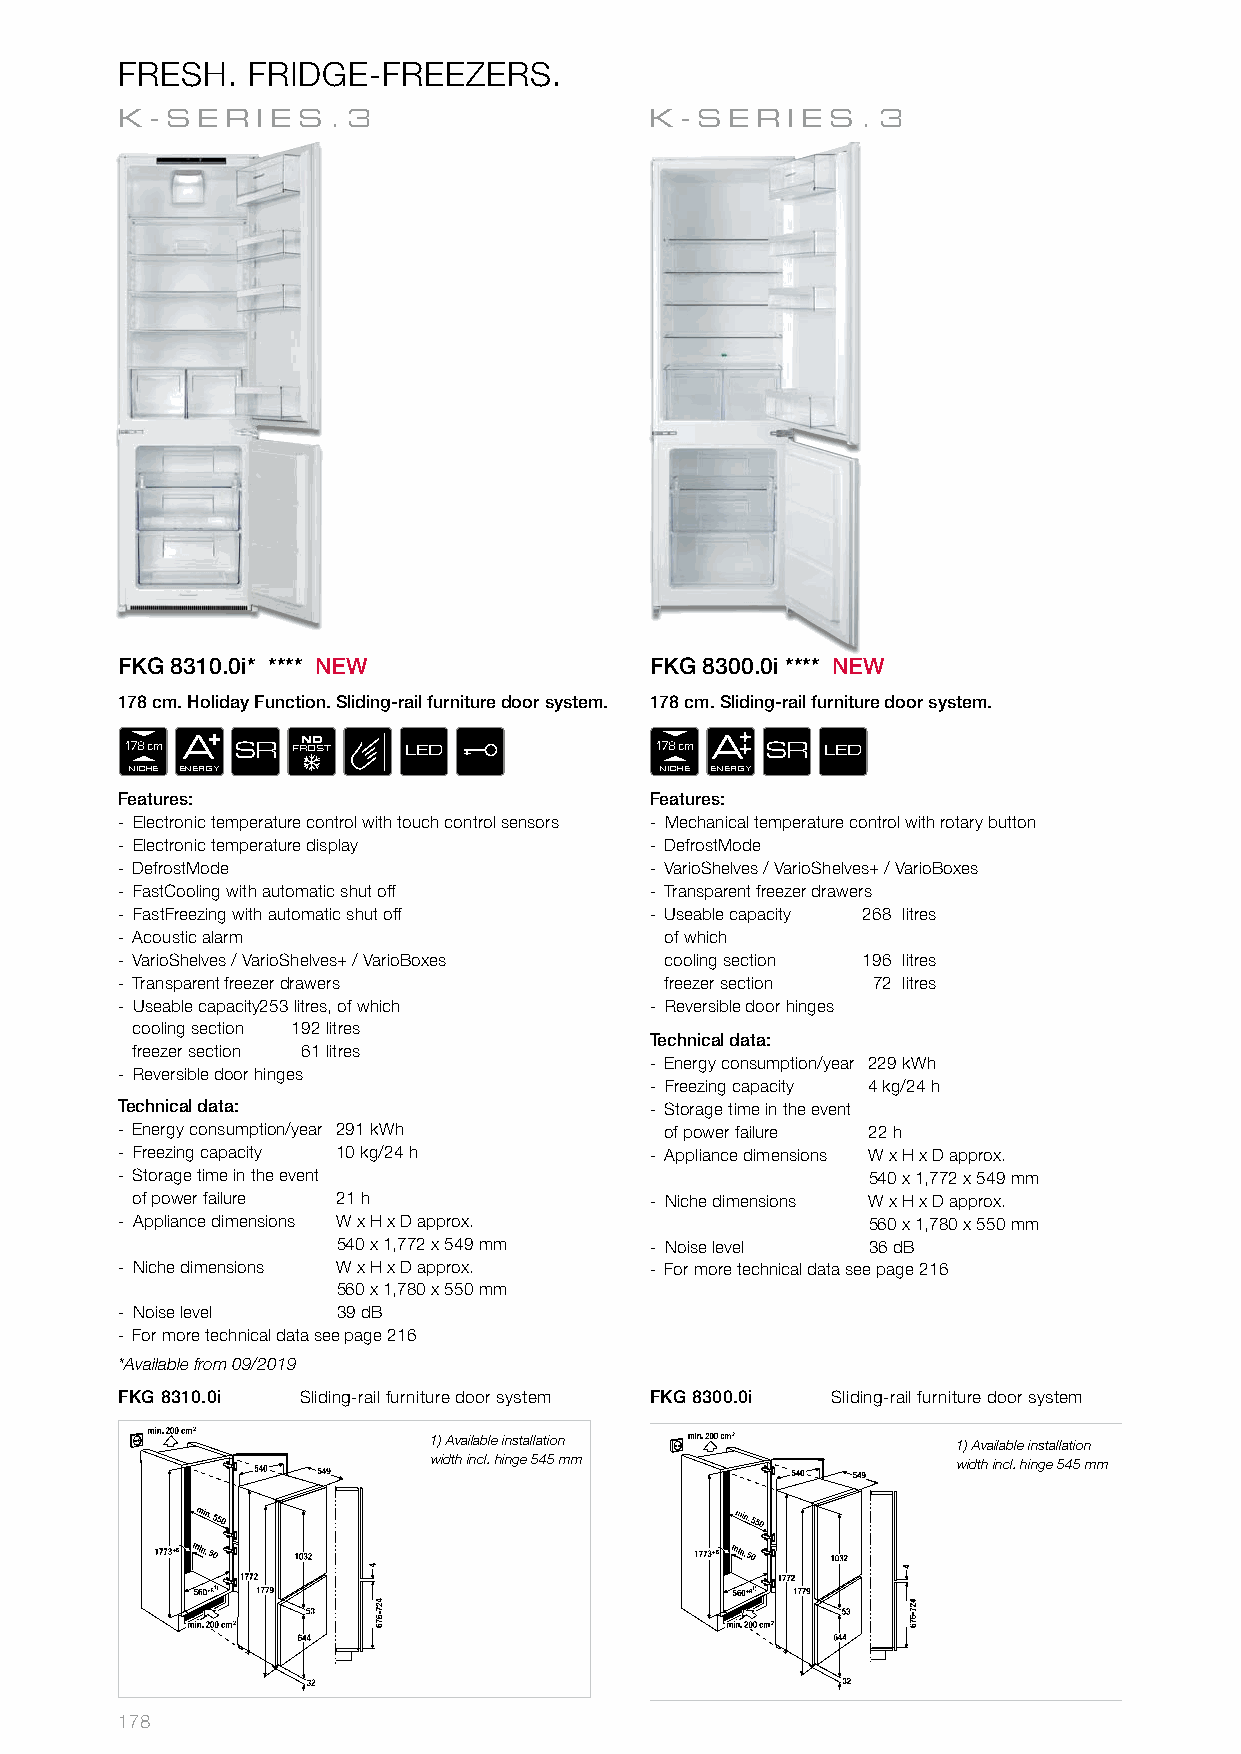
FRESH.  FRIDGE-FREEZERS.
 K-SER    IES.3                     K-SERIES.3
 FKG 8310.0i* **** NEW              FKG 8300.0i **** NEW
 178 cm. Holiday Function. Sliding-rail furniture door system. 178 cm. Sliding-rail furniture door system.
 178 cm A SR FRN OO ST LED          178 cm A SR LED
 NICHE ENERGY                        NICHE ENERGY
 Features:                          Features:
 - Electronic temperature control with touch control sensors - Mechanical temperature control with rotary button
 - Electronic temperature display   - DefrostMode
 - DefrostMode                      - VarioShelves / VarioShelves+ / VarioBoxes
 - FastCooling with automatic shut off - Transparent freezer drawers
 - FastFreezing with automatic shut off - Useable capacity 268 litres
 - Acoustic alarm                    of which
 - VarioShelves / VarioShelves+ / VarioBoxes cooling section 196 litres
 - Transparent freezer drawers       freezer section 72 litres
 - Useable capacity 253 litres, of which - Reversible door hinges
 cooling section 192 litres
 Technical data:
 freezer section 61 litres
 - Energy consumption/year 229 kWh
 - Reversible door hinges
 - Freezing capacity 4 kg/24 h
 Technical data:                    - Storage time in the event
 - Energy consumption/year 291 kWh   of power failure 22 h
 - Freezing capacity 10 kg/24 h     - Appliance dimensions W x H x D approx.
 - Storage time in the event                      540 x 1,772 x 549 mm
 of power failure 21 h             - Niche dimensions W x H x D approx.
 - Appliance dimensions W x H x D approx.         560 x 1,780 x 550 mm
 540 x 1,772 x 549 mm - Noise level 36 dB
 - Niche dimensions W x H x D approx. - For more technical data see page 216
 560 x 1,780 x 550 mm
 - Noise level 39 dB
 - For more technical data see page 216
 *Available from 09/2019
 FKG 8310.0i Sliding-rail furniture door system FKG 8300.0i Sliding-rail furniture door system
 1) Available installation         1) Available installation
 width incl. hinge 545 mm          width incl. hinge 545 mm
 +6 min. 50                          +6 min. 50
 178